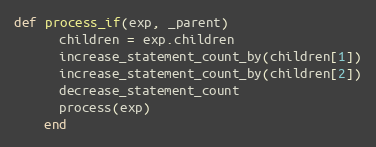
Language: Ruby
def process_if(exp, _parent)
      children = exp.children
      increase_statement_count_by(children[1])
      increase_statement_count_by(children[2])
      decrease_statement_count
      process(exp)
    end